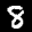
Label: 8